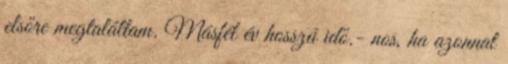
elsőre megtaláltam. Másfél év hosszú idő.- nos, ha azonnal